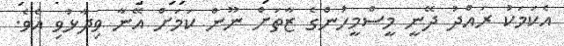
އެކަމަކު ރައްދު ދޭނީ މީސްމީހުންގެ ޒާތަށް ނޫން ކަމަށް އޭނާ ވިދާޅުވި އެވެ.